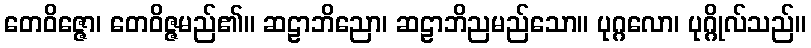
တေဝိဇ္ဇော၊ တေဝိဇ္ဇမည်၏။ ဆဠာဘိညော၊ ဆဠာဘိညမည်သော။ ပုဂ္ဂလော၊ ပုဂ္ဂိုလ်သည်။